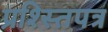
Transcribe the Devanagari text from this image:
प्रश्स्तिपत्र